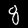
Label: 8